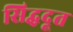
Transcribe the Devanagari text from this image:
सिद्धदूत